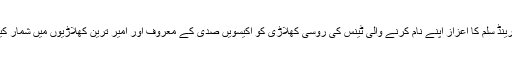
پانچ بار گرینڈ سلم کا اعزاز اپنے نام کرنے والی ٹینس کی روسی کھلاڑی کو اکیسویں صدی کے معروف اور امیر ترین کھلاڑیوں میں شمار کیا جاتا ہے۔